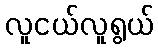
လူငယ်လူရွယ်